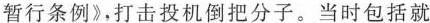
暂行条例》，打击投机倒把分子。当时包括就